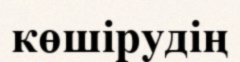
көшірудің